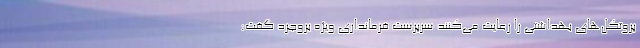
پروتکل‌های بهداشتی را رعایت می‌کنند سرپرست فرمانداری ویژه بروجرد گفت: